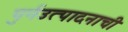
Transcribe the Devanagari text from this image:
पुर्नउत्पादनाची